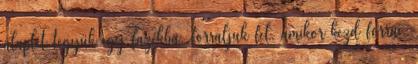
alaplét tegyük egy fazékba, forraljuk fel, amikor kezd forrni,